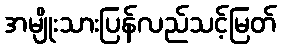
အမျိုးသားပြန်လည်သင့်မြတ်